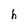
Character: h